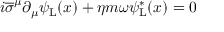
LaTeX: i { \overline { { \sigma } } } ^ { \mu } \partial _ { \mu } \psi _ { \mathrm { { L } } } ( x ) + \eta m \omega \psi _ { \mathrm { { L } } } ^ { * } ( x ) = 0